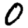
Digit: 0